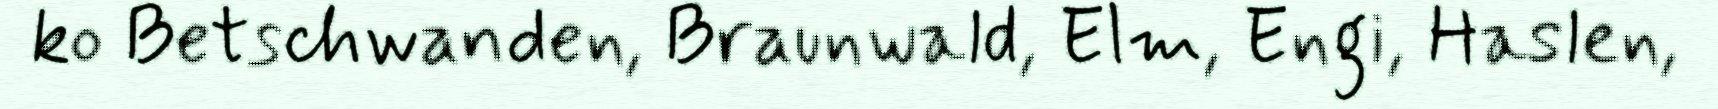
ko Betschwanden, Braunwald, Elm, Engi, Haslen,